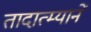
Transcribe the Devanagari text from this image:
तादात्म्यानें